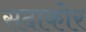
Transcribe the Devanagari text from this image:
सदाकोर